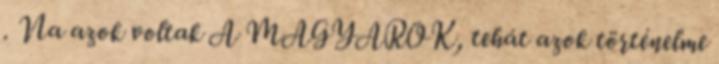
. Na azok voltak A MAGYAROK, tehát azok történelme